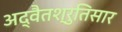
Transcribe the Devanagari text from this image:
अद्वैतश्रुतिसार